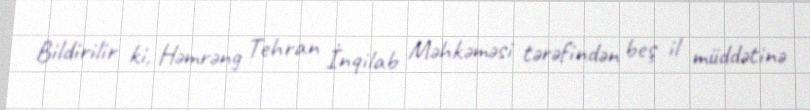
Bildirilir ki, Həmrəng Tehran İnqilab Məhkəməsi tərəfindən beş il müddətinə